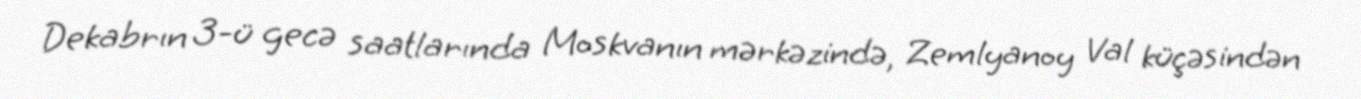
Dekabrın 3-ü gecə saatlarında Moskvanın mərkəzində, Zemlyanoy Val küçəsindən